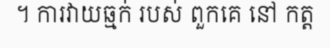
។ ការវាយឆ្មក់ របស់ ពួកគេ នៅ កត្ត